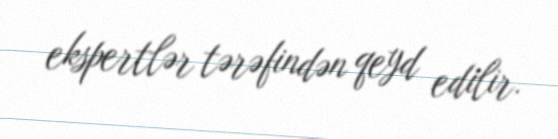
ekspertlər tərəfindən qeyd edilir.